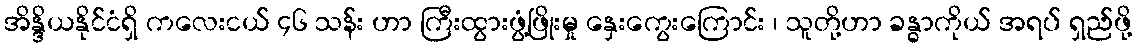
အိန္ဒိယနိုင်ငံရှိ ကလေးငယ် ၄၆ သန်း ဟာ ကြီးထွားဖွံ့ဖြိုးမှု နှေးကွေးကြောင်း ၊ သူတို့ဟာ ခန္ဓာကိုယ် အရပ် ရှည်ဖို့